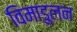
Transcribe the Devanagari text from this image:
विमाडुलन